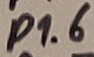
Text: P1.6